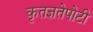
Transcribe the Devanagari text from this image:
कृतज्ञतेपोटी